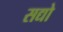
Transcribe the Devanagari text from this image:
सद्यो